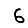
Digit: 6